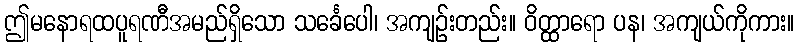
ဤမနောရထပူရဏီအမည်ရှိသော သင်္ခေပေါ၊ အကျဉ်းတည်း။ ဝိတ္ထာရော ပန၊ အကျယ်ကိုကား။